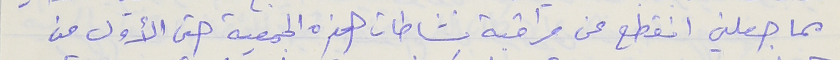
مما جعلني انقطع عن مراقبة نشاطات هذه الجمعية حتى الأول من